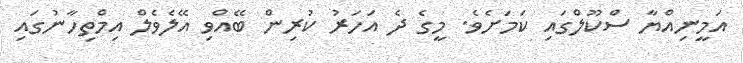
އަމީނިއްޔާ ސްކޫލްގައި ކަމަށެވެ. މީގެ ދެ އަހަރު ކުރިން ބޭއްވި އޭލެވެލް އިމްތިހާނުގައި